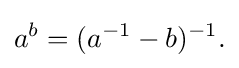
\displaystyle {a^{b}=(a^{-1}-b)^{-1}.}